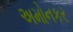
અમોનકર